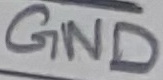
Text: GND